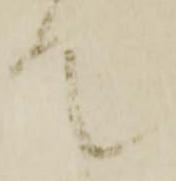
て